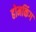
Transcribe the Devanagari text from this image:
होमकिंग